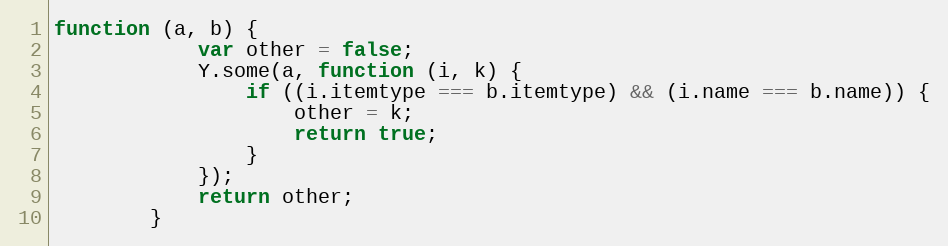
Language: JavaScript
function (a, b) {
            var other = false;
            Y.some(a, function (i, k) {
                if ((i.itemtype === b.itemtype) && (i.name === b.name)) {
                    other = k;
                    return true;
                }
            });
            return other;
        }